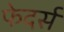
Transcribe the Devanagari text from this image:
फेदर्स